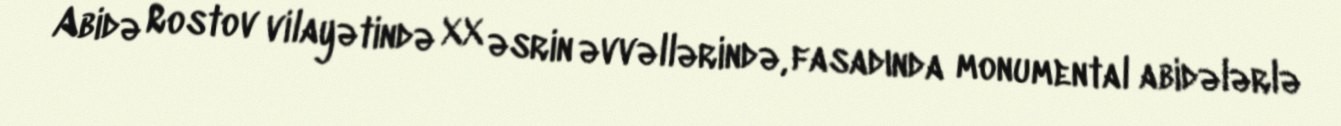
Abidə Rostov vilayətində XX əsrin əvvəllərində, fasadında monumental abidələrlə